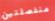
منفصلتين